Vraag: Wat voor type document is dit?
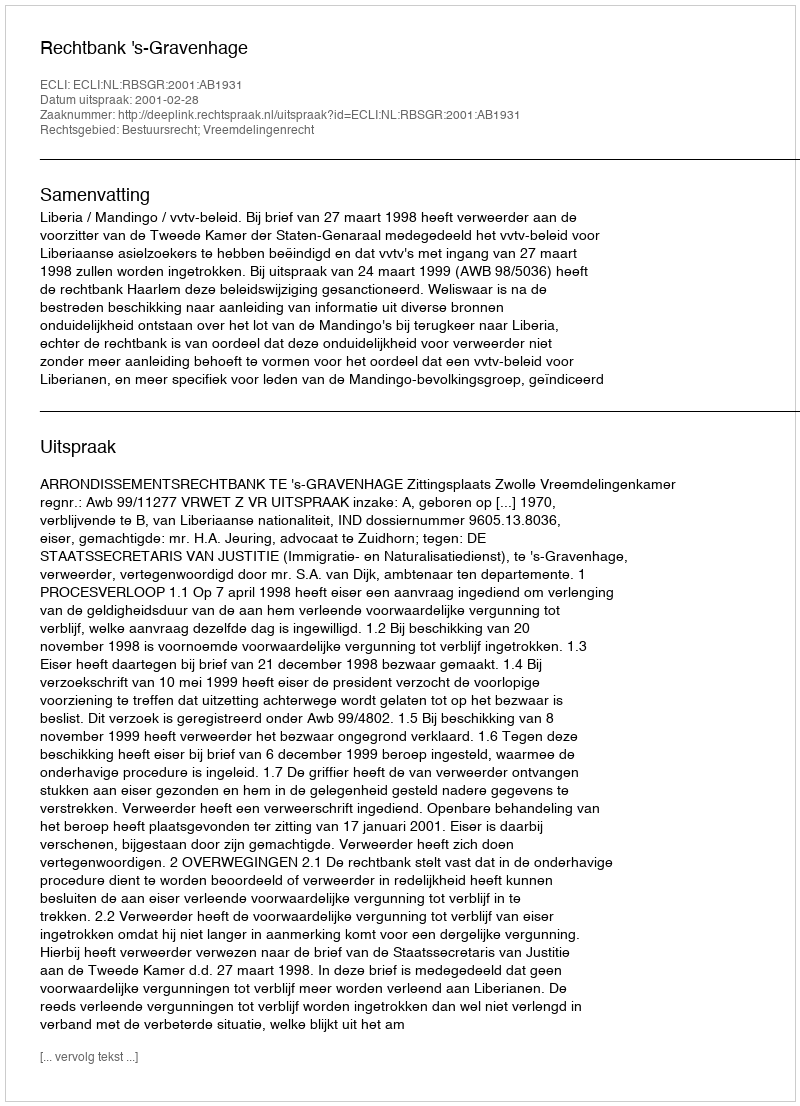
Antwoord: Uitspraak